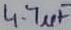
Text: 4.7µF